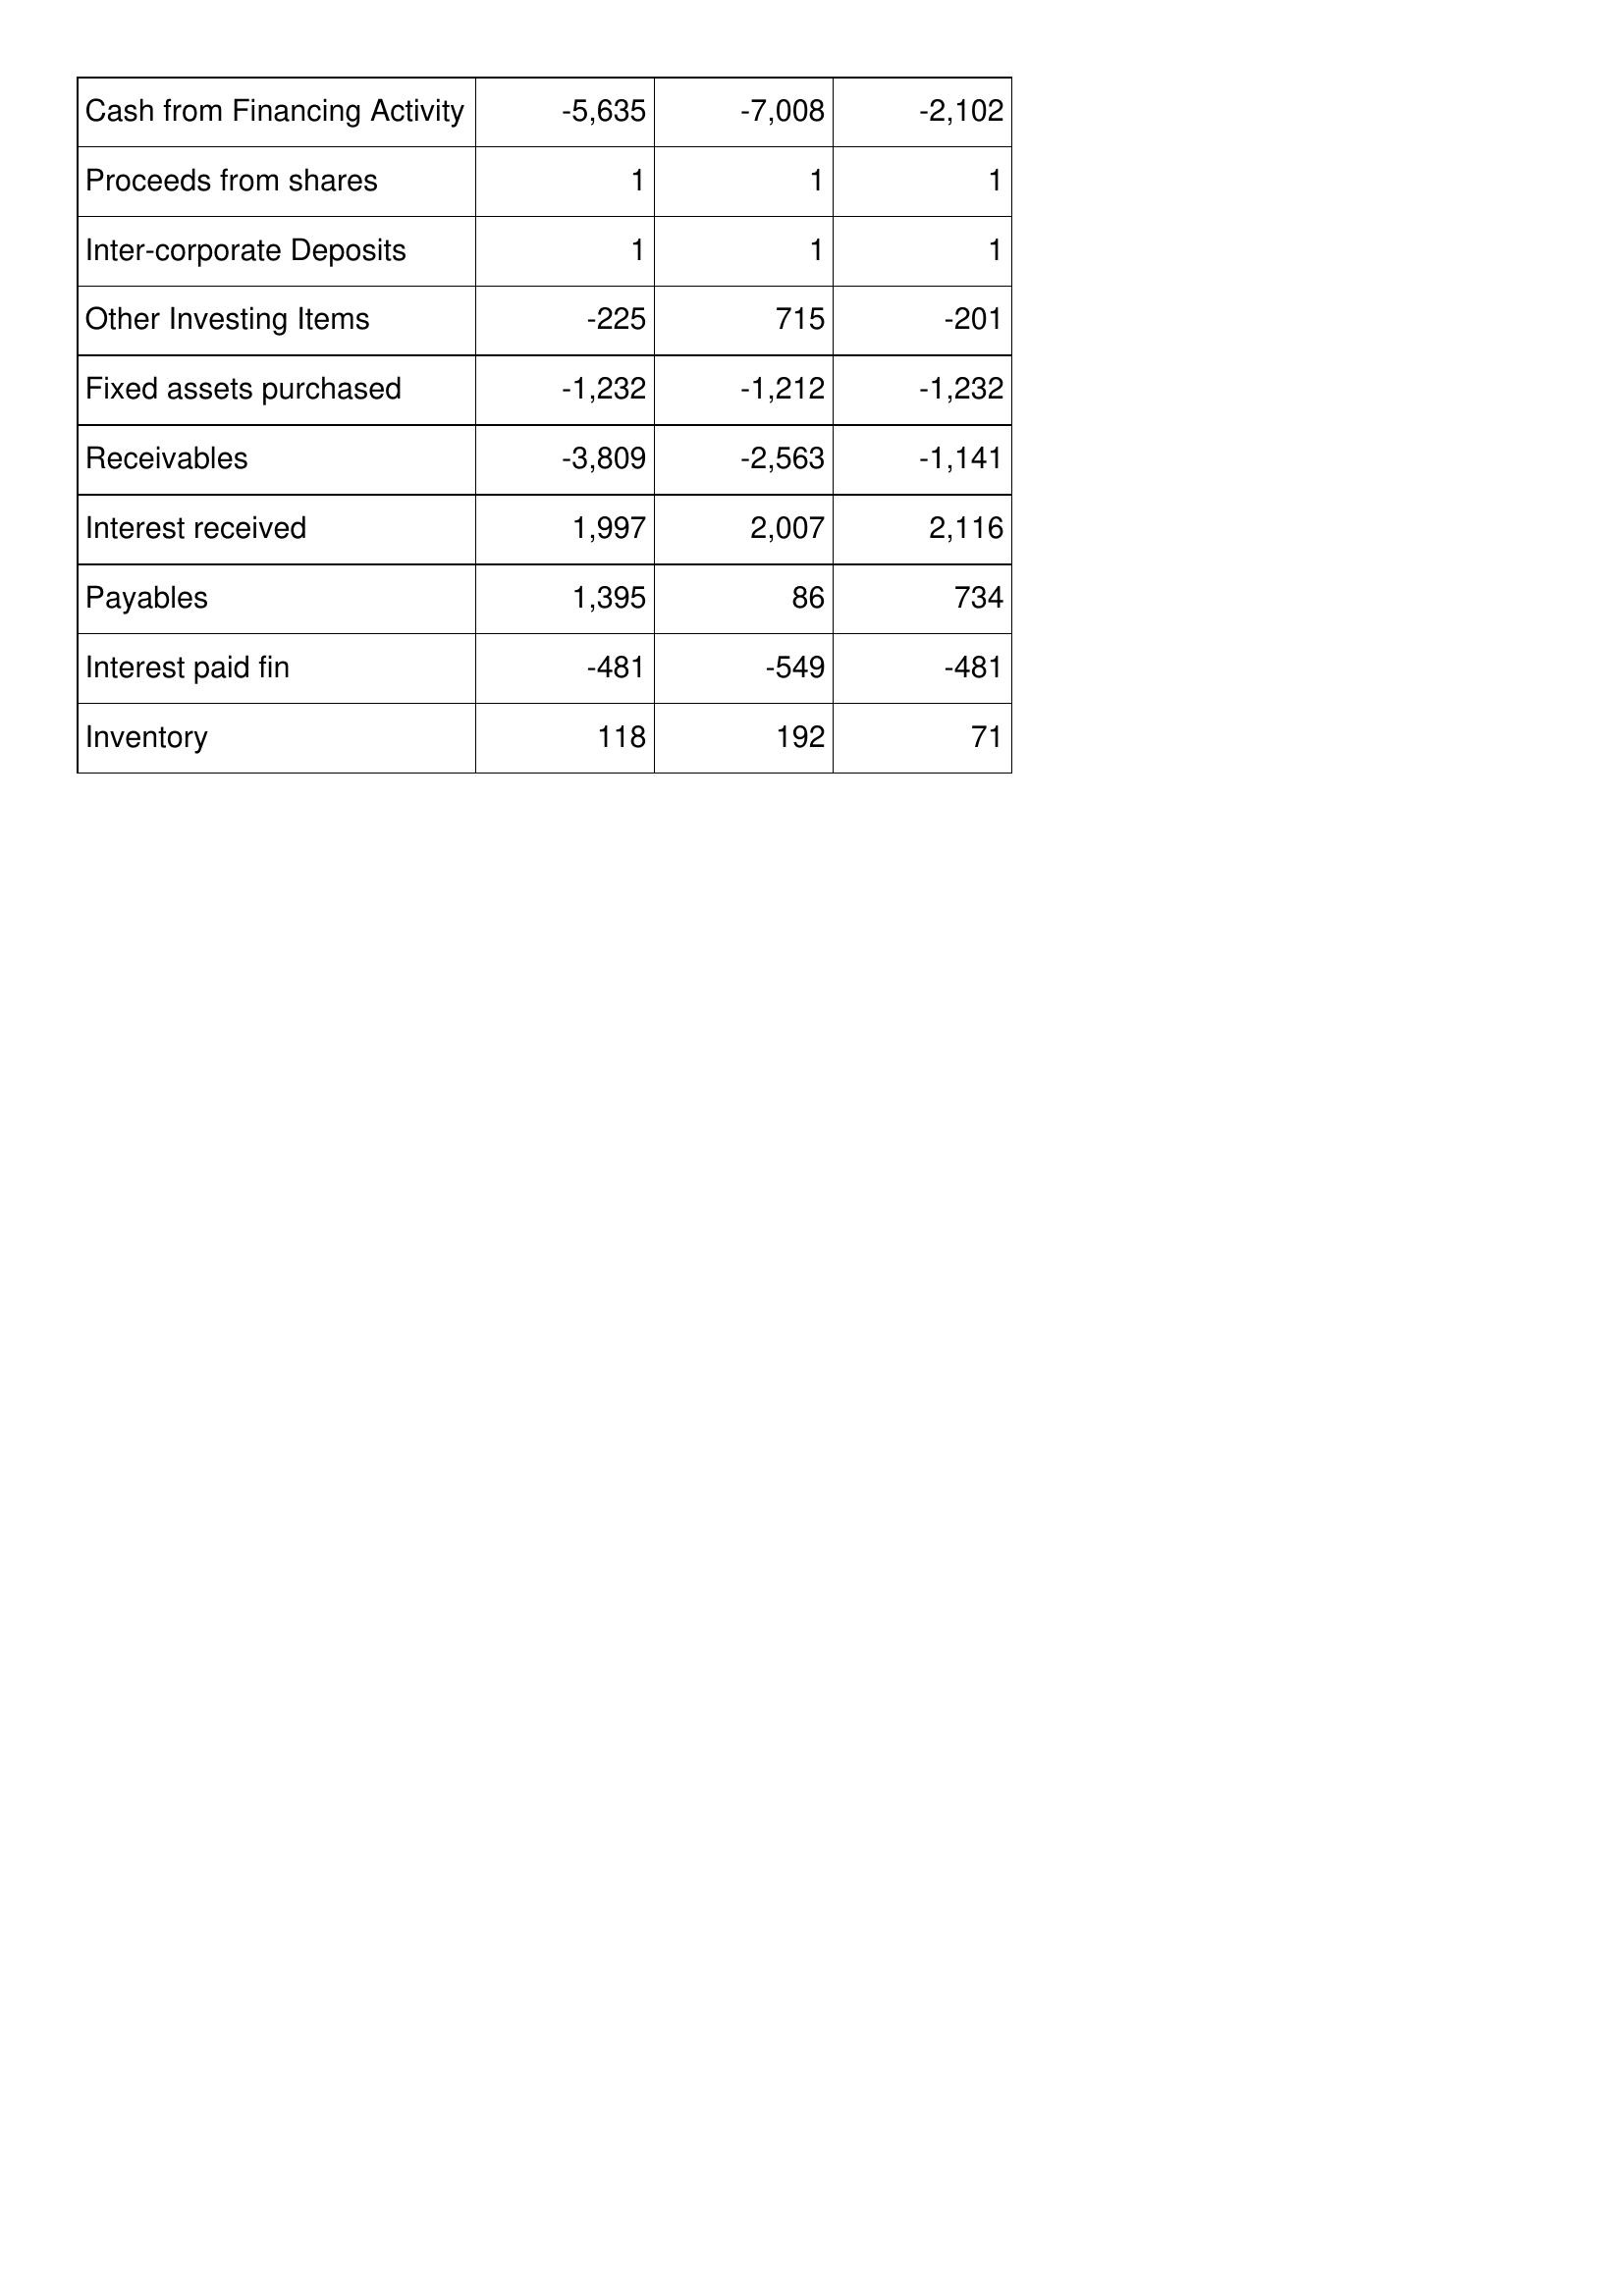
Jul-05: Cash Flows: Cash from Financing Activity: -5,635
Proceeds from shares: 1
Inter-corporate Deposits: 1
Other Investing Items: -225
Fixed assets purchased: -1,232
Receivables: -3,809
Interest received: 1,997
Payables: 1,395
Interest paid fin: -481
Inventory: 118
Jul-06: Cash Flows: Cash from Financing Activity: -7,008
Proceeds from shares: 1
Inter-corporate Deposits: 1
Other Investing Items: 715
Fixed assets purchased: -1,212
Receivables: -2,563
Interest received: 2,007
Payables: 86
Interest paid fin: -549
Inventory: 192
Jul-07: Cash Flows: Cash from Financing Activity: -2,102
Proceeds from shares: 1
Inter-corporate Deposits: 1
Other Investing Items: -201
Fixed assets purchased: -1,232
Receivables: -1,141
Interest received: 2,116
Payables: 734
Interest paid fin: -481
Inventory: 71